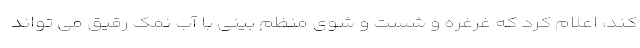
کند، اعلام کرد که غرغره و شست و شوی منظم بینی با آب نمک رقیق می تواند